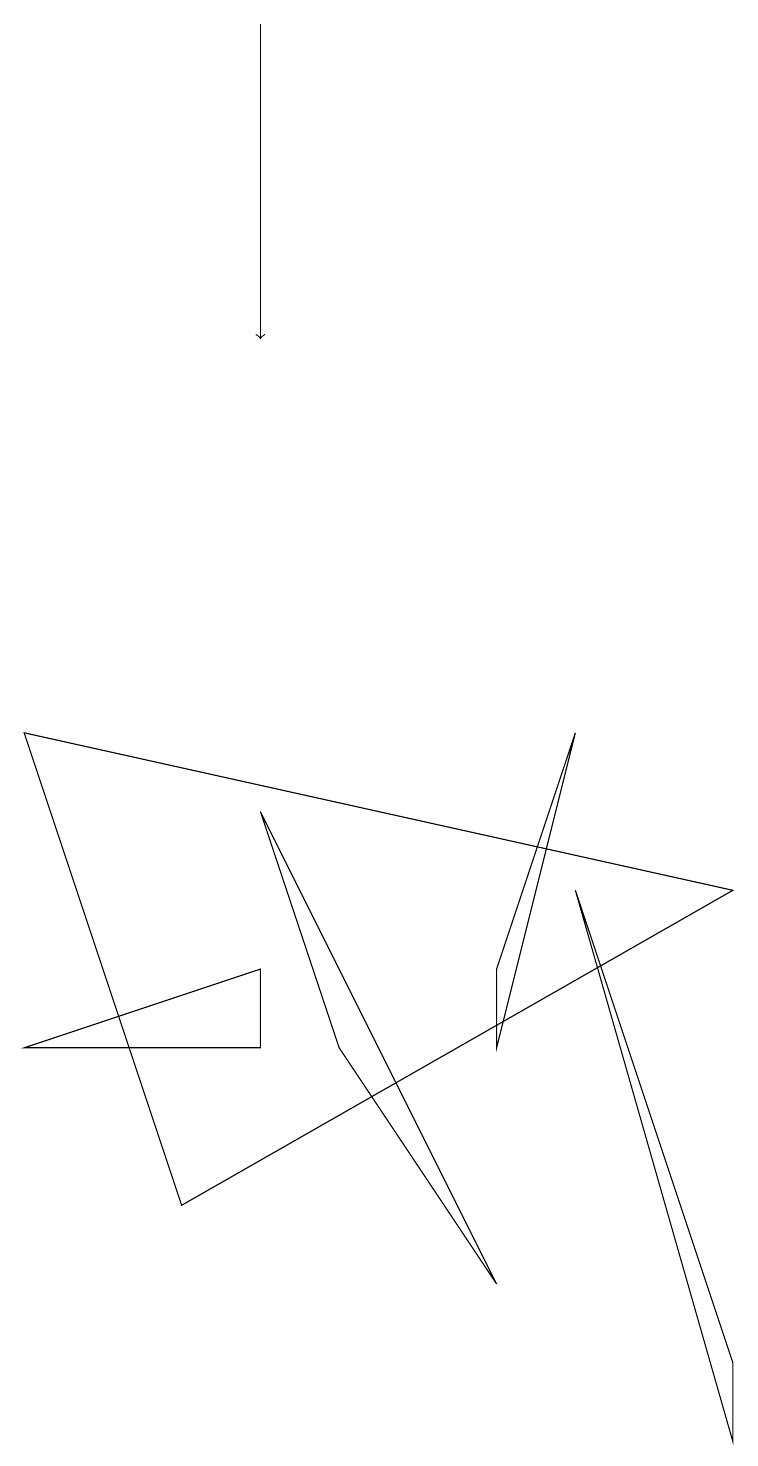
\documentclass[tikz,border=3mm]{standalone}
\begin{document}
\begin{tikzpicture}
\draw (2,3) -- (9,7) -- (0,9) -- cycle;
\draw[->] (3,18) -- (3,14);
\draw (9,1) -- (9,0) -- (7,7) -- cycle;
\draw (7,9) -- (6,6) -- (6,5) -- cycle;
\draw (3,6) -- (3,5) -- (0,5) -- cycle;
\draw (6,2) -- (3,8) -- (4,5) -- cycle;
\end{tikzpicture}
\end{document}